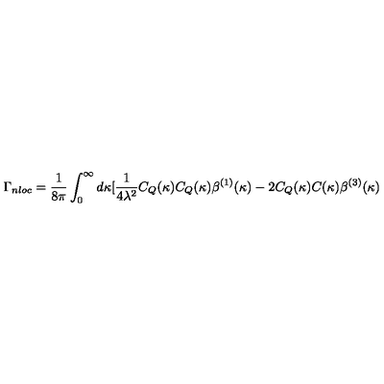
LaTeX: \Gamma _ { n l o c } = \frac { 1 } { 8 \pi } \int _ { 0 } ^ { \infty } d \kappa [ \frac { 1 } { 4 \lambda ^ { 2 } } C _ { Q } ( \kappa ) C _ { Q } ( \kappa ) \beta ^ { ( 1 ) } ( \kappa ) - 2 C _ { Q } ( \kappa ) C ( \kappa ) \beta ^ { ( 3 ) } ( \kappa )